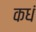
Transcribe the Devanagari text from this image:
कधं